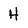
Character: H